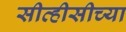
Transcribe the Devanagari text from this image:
सीव्हीसीच्या